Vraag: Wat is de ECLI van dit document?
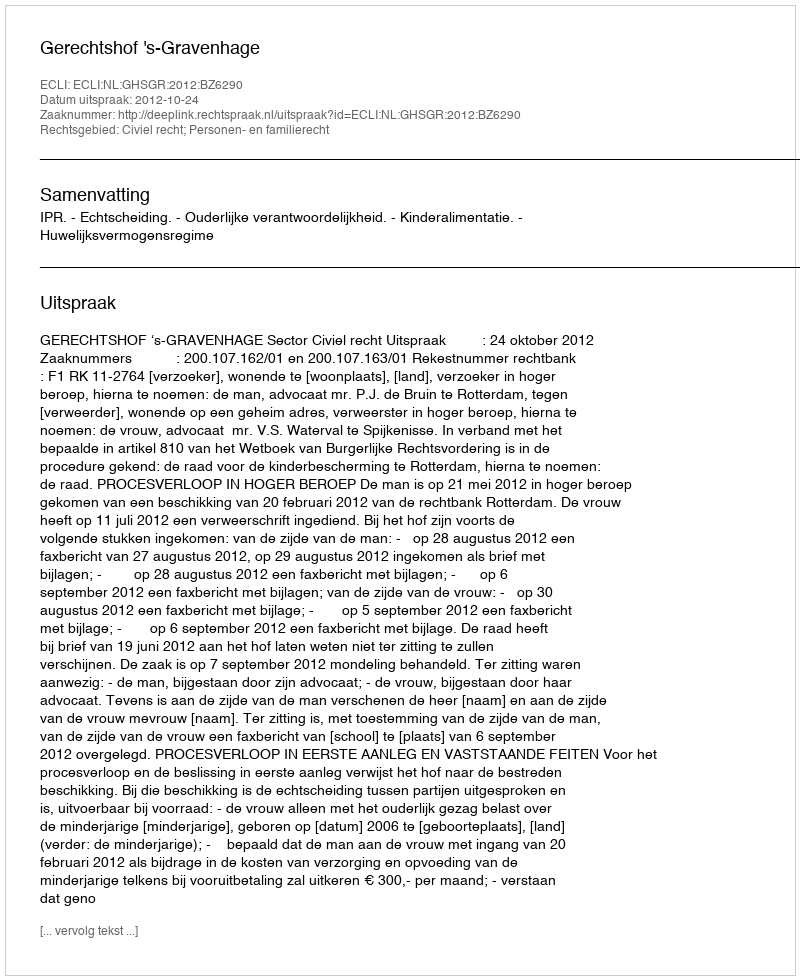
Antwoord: ECLI:NL:GHSGR:2012:BZ6290